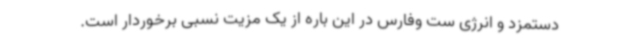
دستمزد و انرژی ست وفارس در این باره از یک مزیت نسبی برخوردار است.